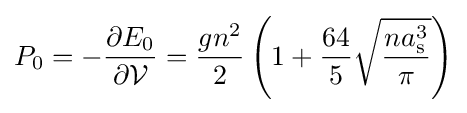
P_{0}=-{\frac {\partial E_{0}}{\partial {\mathcal {V}}}}={\frac {gn^{2}}{2}}\left(1+{\frac {64}{5}}{\sqrt {\frac {na_{\mathrm {s} }^{3}}{\pi }}}\right)